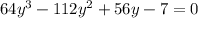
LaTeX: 6 4 y ^ { 3 } - 1 1 2 y ^ { 2 } + 5 6 y - 7 = 0